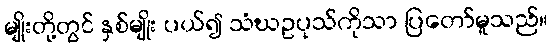
မျိုးတို့တွင် နှစ်မျိုး ပယ်၍ သံဃဥပုသ်ကိုသာ ပြတော်မူသည်။